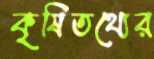
কৃষিতথ্যের